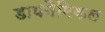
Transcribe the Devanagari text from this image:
डायनैमिकल